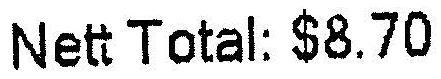
NETT TOTAL: $8.70